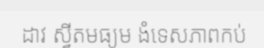
ដាវ ស្វីតមធ្យម ងំទេសភាពកប់